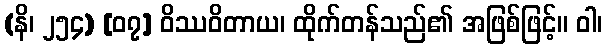
(နိ၊ ၂၅၄) [၀၇] ဝိဿဝိတာယ၊ ထိုက်တန်သည်၏ အဖြစ်ဖြင့်။ ဝါ၊